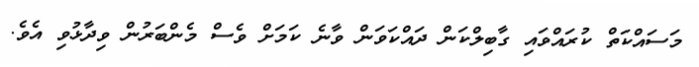
މަސައްކަތް ކުރައްވައި ގާބިލްކަން ދައްކަވަން ވާނެ ކަމަށް ވެސް މެންބަރުން ވިދާޅުވި އެވެ.